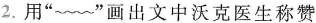
2.用”﹏﹏”画出文中沃克医生称赞